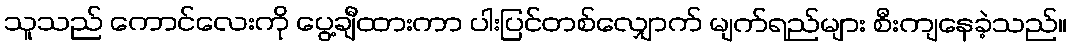
သူသည် ကောင်လေးကို ပွေ့ချီထားကာ ပါးပြင်တစ်လျှောက် မျက်ရည်များ စီးကျနေခဲ့သည်။